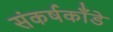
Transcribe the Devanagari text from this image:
संकर्षकाँडे